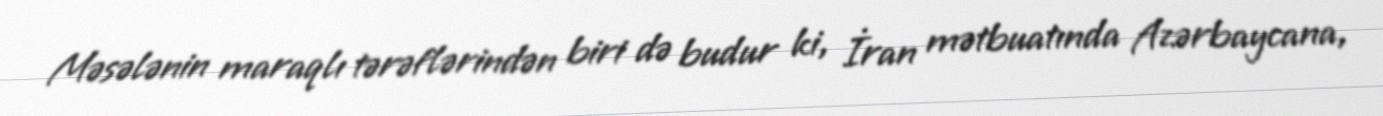
Məsələnin maraqlı tərəflərindən biri də budur ki, İran mətbuatında Azərbaycana,